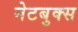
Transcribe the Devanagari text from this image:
नेटबुक्स